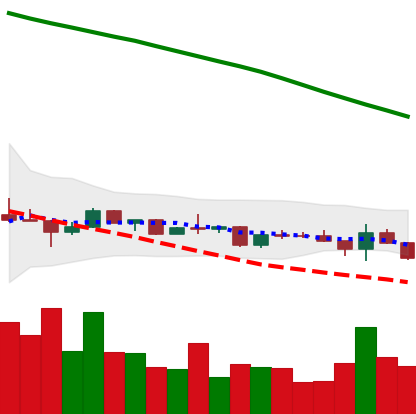
Ticker: ETC-USD
Chart end date: 2022-12-15
Forward return: -12.085%
Label: down_7plus